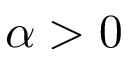
\alpha > 0